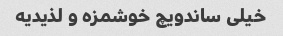
خیلی ساندویچ خوشمزه و لذیدیه